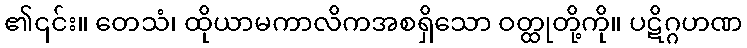
၏၎င်း။ တေသံ၊ ထိုယာမကာလိကအစရှိသော ဝတ္ထုတို့ကို။ ပဋိဂ္ဂဟဏ